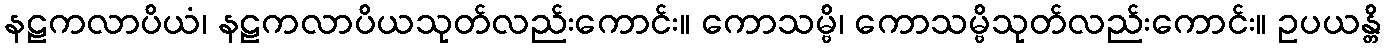
နဠကလာပိယံ၊ နဠကလာပိယသုတ်လည်းကောင်း။ ကောသမ္ဗိ၊ ကောသမ္ဗိသုတ်လည်းကောင်း။ ဥပယန္တိ